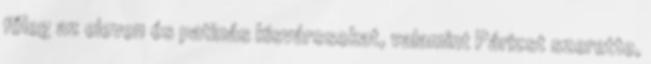
főleg az eleven és patinás kisvárosokat, valamint Párizst szerette,